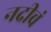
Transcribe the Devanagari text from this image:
नदीचं